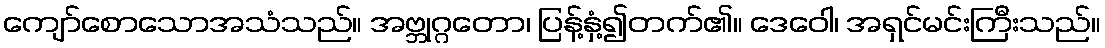
ကျော်စောသောအသံသည်။ အဗ္ဘုဂ္ဂတော၊ ပြန့်နှံ့၍တက်၏။ ဒေဝေါ၊ အရှင်မင်းကြီးသည်။